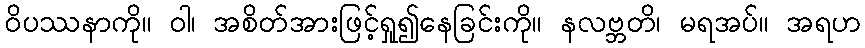
ဝိပဿနာကို။ ဝါ၊ အစိတ်အားဖြင့်ရှု၍နေခြင်းကို။ နလဗ္ဘတိ၊ မရအပ်။ အရဟ